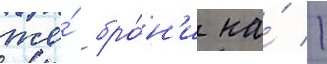
же́ бро́н'и на́ 1